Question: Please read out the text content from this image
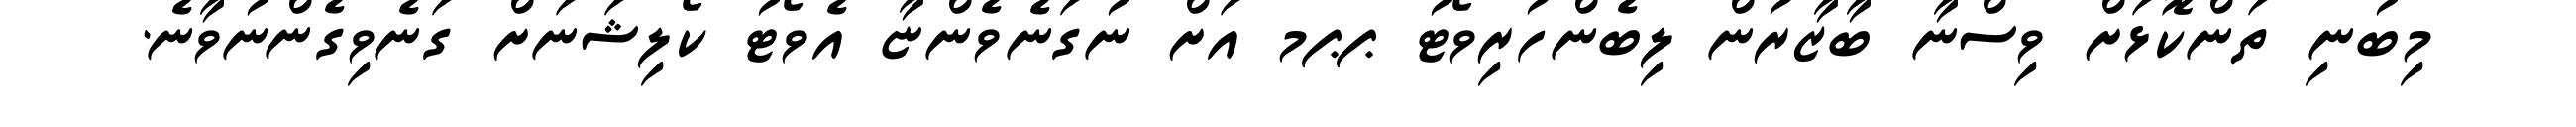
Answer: މިބުނި ތަންކޮޅަށް ވިސްނާ ބާޒާރުން ލިބެންހުރިވޯޓު ޕޕމ އަށް ނުގަނެވެންޏާ އެވޯޓު ކޯލިޝަނަށް ގަނެވިގެންނުވާނެ.